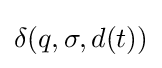
\delta (q,\sigma ,d(t))